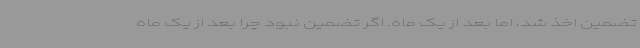
تضمین اخذ شد، اما بعد از یک ماه. اگر تضمین نبود چرا بعد از یک ماه